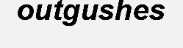
outgushes